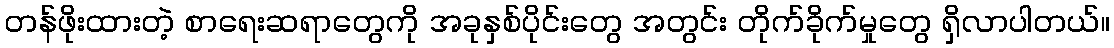
တန်ဖိုးထားတဲ့ စာရေးဆရာတွေကို အခုနှစ်ပိုင်းတွေ အတွင်း တိုက်ခိုက်မှုတွေ ရှိလာပါတယ်။